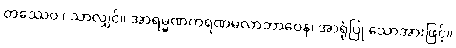
တဿေဝ ၊ သာလျှင်။ အာရမ္မဏကရဏမလာဘာဝေန၊ အာရုံပြု သောအားဖြင့်။